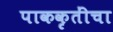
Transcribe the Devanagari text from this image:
पाककृतींचा